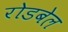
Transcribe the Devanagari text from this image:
रोडबेल